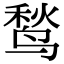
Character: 鹙